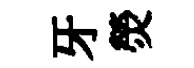
牙熒